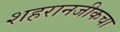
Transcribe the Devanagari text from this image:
शहरानजीकचा